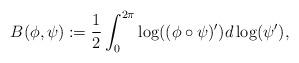
LaTeX: \begin{align*}B(\phi, \psi) := \frac{1}{2}\int_{0}^{2\pi} \log((\phi \circ \psi)') d\log(\psi'),\end{align*}